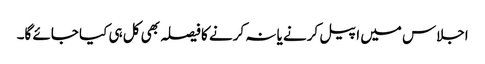
اجلاس میں اپیل کرنے یا نہ کرنے کا فیصلہ بھی کل ہی کیا جائے گا۔